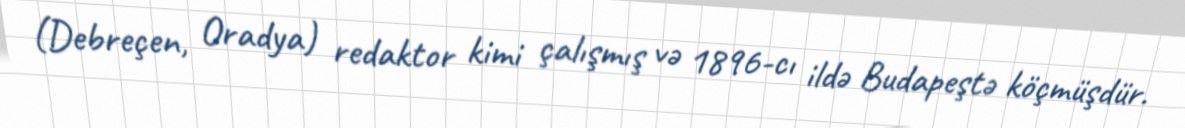
(Debreçen, Oradya) redaktor kimi çalışmış və 1896-cı ildə Budapeştə köçmüşdür.